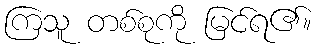
ကြသူ တစ်စုကို မြင်ရ၏။